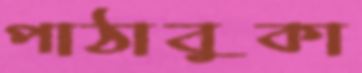
পাঠাবুকা